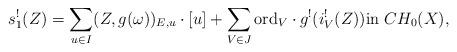
LaTeX: \begin{align*}s_1^!(Z)=\sum_{u\in I}(Z,g(\omega))_{E,u}\cdot [u]+\sum_{V\in J}{\rm ord}_V\cdot g^!(i_V^!(Z)) {\rm in}~ CH_0(X),\end{align*}